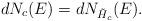
LaTeX: \begin{align*}dN_{c}(E)=dN_{\tilde{H}_c}(E).\end{align*}